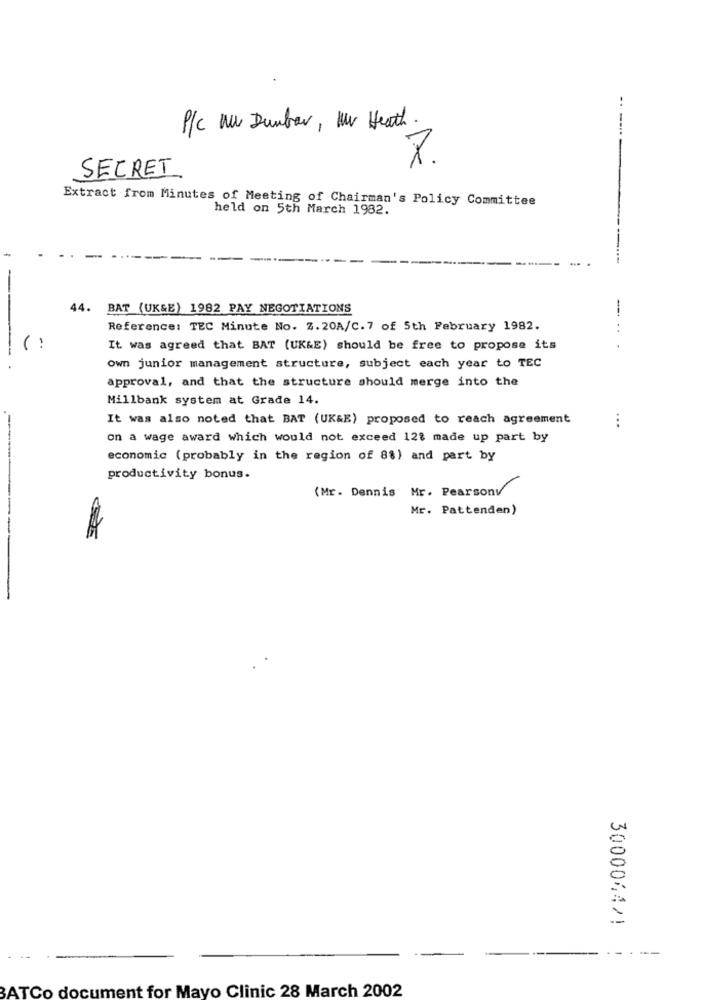
P/c au Dunbar , 1W Heath
7.
SECRET
Extract from Minutes of Meeting of Chairman's Policy Committee
held on 5th March 1982.
-
44.
BAT (UK&E) 1982 PAY NEGOTIATIONS
-- +
Reference: TEC Minute No. Z.20A/C.7 of 5th February 1982.
--
It was agreed that BAT (UK&E) should be free to propose its
own junior management structure, subject each year to TEC
approval, and that the structure should merge into the
Millbank system at Grade 14.
It was also noted that BAT (UK&E) proposed to reach agreement
...
on a wage award which would not exceed 12% made up part by
economic (probably in the region of 88) and part by
productivity bonus.
(Mr. Dennis Mr. Pearsonv
Mr. Pattenden)
300004471
--
--...
BATCo document for Mayo Clinic 28 March 2002